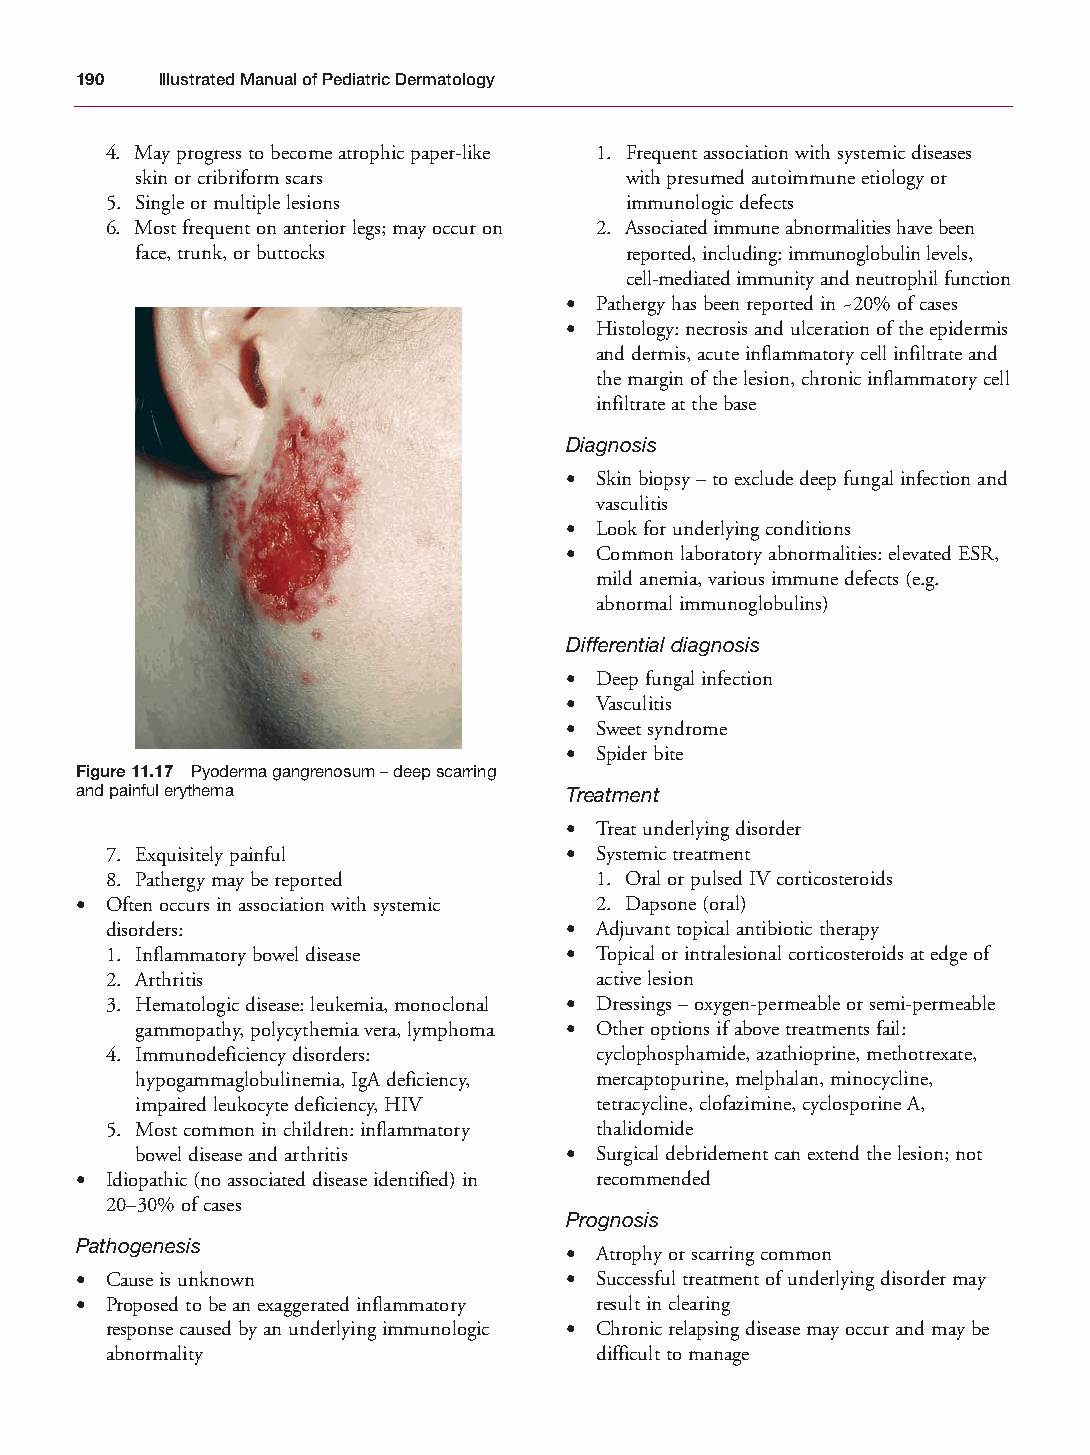
Mallory Chapter 11 27/1/05 2:16 pm Page 190
 190  Illustrated Manual of Pediatric Dermatology
 4. May progress to become atrophic paper-like 1. Frequent association with systemic diseases
 skin or cribriform scars        with presumed autoimmune etiology or
 5. Single or multiple lesions     immunologic defects
 6. Most frequent on anterior legs; may occur on 2. Associated immune abnormalities have been
 face, trunk, or buttocks        reported, including: immunoglobulin levels,
 cell-mediated immunity and neutrophil function
 • Pathergy has been reported in ~20% of cases
 • Histology: necrosis and ulceration of the epidermis
 and dermis, acute inflammatory cell infiltrate and
 the margin of the lesion, chronic inflammatory cell
 infiltrate at the base
 Diagnosis
 • Skin biopsy – to exclude deep fungal infection and
 vasculitis
 • Look for underlying conditions
 • Common laboratory abnormalities: elevated ESR,
 mild anemia, various immune defects (e.g.
 abnormal immunoglobulins)
 Differential diagnosis
 • Deep fungal infection
 • Vasculitis
 • Sweet syndrome
 • Spider bite
 Figure 11.17 Pyoderma gangrenosum – deep scarring
 and painful erythema            Treatment
 • Treat underlying disorder
 7. Exquisitely painful        • Systemic treatment
 8. Pathergy may be reported     1. Oral or pulsed IV corticosteroids
 • Often occurs in association with systemic 2. Dapsone (oral)
 disorders:                    • Adjuvant topical antibiotic therapy
 1. Inflammatory bowel disease • Topical or intralesional corticosteroids at edge of
 2. Arthritis                    active lesion
 3. Hematologic disease: leukemia, monoclonal • Dressings – oxygen-permeable or semi-permeable
 gammopathy, polycythemia vera, lymphoma • Other options if above treatments fail:
 4. Immunodeficiency disorders:  cyclophosphamide, azathioprine, methotrexate,
 hypogammaglobulinemia, IgA deficiency, mercaptopurine, melphalan, minocycline,
 impaired leukocyte deficiency, HIV tetracycline, clofazimine, cyclosporine A,
 5. Most common in children: inflammatory thalidomide
 bowel disease and arthritis • Surgical debridement can extend the lesion; not
 • Idiopathic (no associated disease identified) in recommended
 20–30% of cases
 Prognosis
 Pathogenesis
 • Atrophy or scarring common
 • Cause is unknown              • Successful treatment of underlying disorder may
 • Proposed to be an exaggerated inflammatory result in clearing
 response caused by an underlying immunologic • Chronic relapsing disease may occur and may be
 abnormality                     difficult to manage